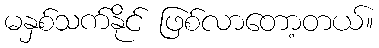
မနှစ်သက်နိုင် ဖြစ်လာတော့တယ်။